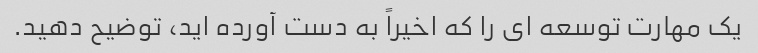
یک مهارت توسعه ای را که اخیراً به دست آورده اید، توضیح دهید.